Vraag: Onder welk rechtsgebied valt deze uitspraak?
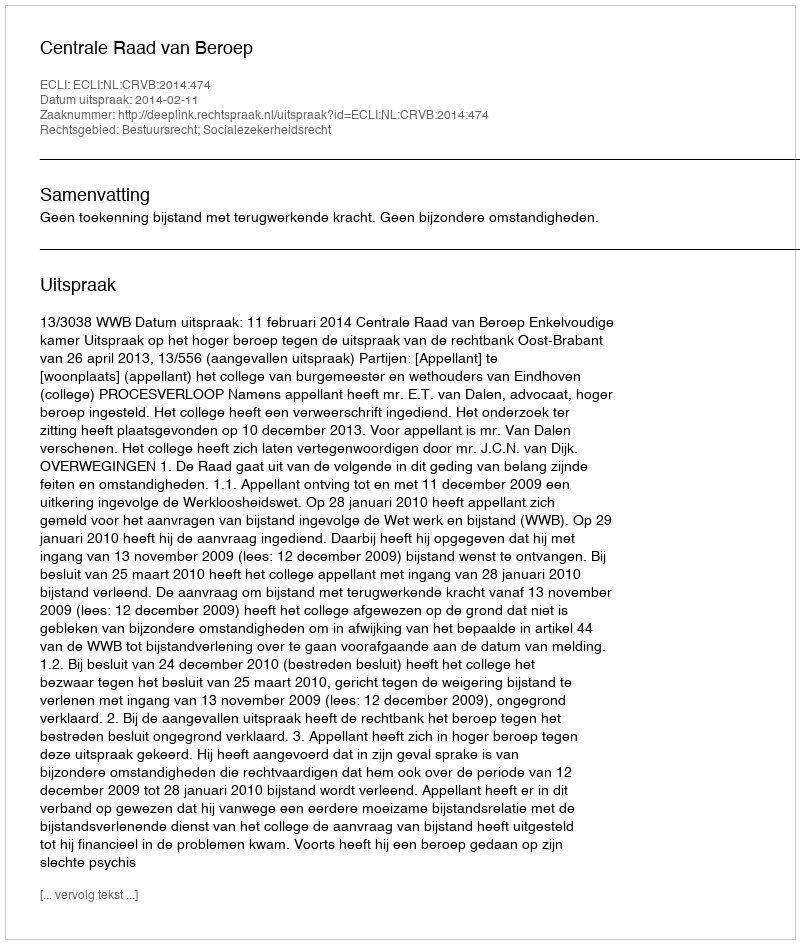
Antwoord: Bestuursrecht; Socialezekerheidsrecht